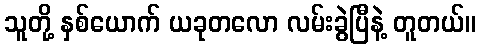
သူတို့ နှစ်ယောက် ယခုတလော လမ်းခွဲပြီနဲ့ တူတယ်။